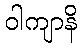
ဝါကျာနိ